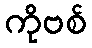
ကိုဗစ်